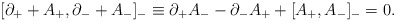
\begin{align*}[\partial _+ + A_+, \partial _- + A_-]_- \equiv \partial _+A_--\partial _-A_++[A_+, A_-]_-=0.\end{align*}